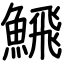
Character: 𩹉